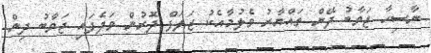
ނާސިހާ ޖަވާބު ދޭން ތައްޔާރު ވެލުމާއެކު ޒަލަފް ދޮރުން ވަދެފައި ޖަވާބު ދިން